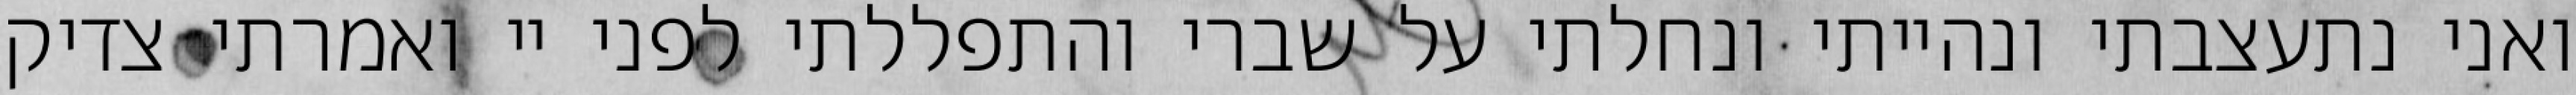
ואני נתעצבתי ונהייתי ונחלתי על שברי והתפללתי לפני יי ואמרתי צדיק